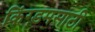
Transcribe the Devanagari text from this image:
किंग्डमसाठी